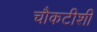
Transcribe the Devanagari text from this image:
चौकटीशी